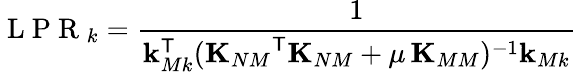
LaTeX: \mathrm{~L~P~R~}_{k}=\frac{1}{\mathbf{k}_{Mk}^{\sf T}({{\mathbf{K}_{NM}}^{\sf T}}\mathbf{K}_{NM}+\mu\, \mathbf{K}_{MM})^{-1}\mathbf{k}_{Mk}}